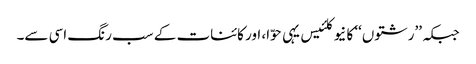
جبکہ ’’رشتوں‘‘ کا نیوکلئیس یہی حوّا، اور کائنات کے سب رنگ اسی سے۔